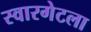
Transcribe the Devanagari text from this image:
स्वारगेटला